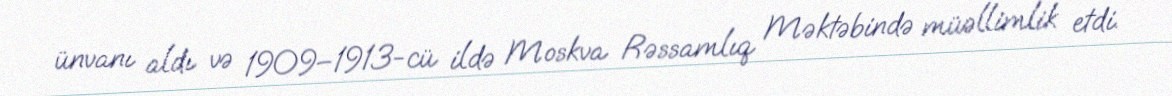
ünvanı aldı və 1909–1913-cü ildə Moskva Rəssamlıq Məktəbində müəllimlik etdi.